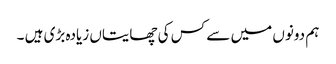
ہم دونوں میں سے کس کی چھایتاں زیادہ بڑی ہیں ۔